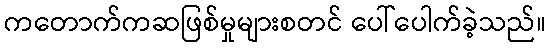
ကတောက်ကဆဖြစ်မှုများစတင် ပေါ်ပေါက်ခဲ့သည်။